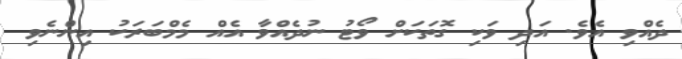
ދެއްވި އެވެ. އަދި ވަކި ގޮތަކަށް ވޯޓު ނުދެއްވާ އެއް މެމްބަރަކު އިންނެވި